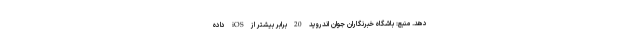
دهد. منبع: باشگاه خبرنگاران جوان اندروید 20 برابر بیشتر از iOS داده